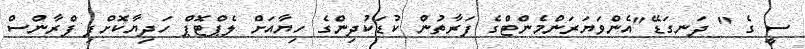
ސީ ގެ " ދަނގަޑޭ"އެންވަޔަރަންމެންޓްގެ ފަރާތުން ކުޑަކުދިންގެ ހިޔާއަށް ލެޕްޓޮޕް ހަދިޔާކޮށްފި ފްރާންސް